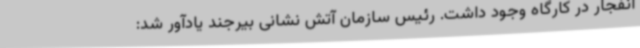
انفجار در کارگاه وجود داشت. رئیس سازمان آتش نشانی بیرجند یادآور شد: